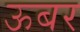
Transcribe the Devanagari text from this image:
ऊबर